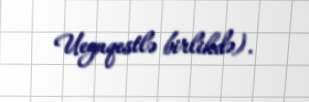
Ueynqestlə birlikdə).